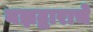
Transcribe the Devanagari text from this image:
यज्ञद्वाराचे